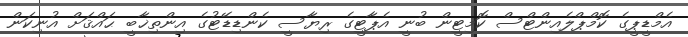
އެމްޑީޕީގެ ކޮމްޕްލެއިންޓްސް ކޮމިޓީން ބުނީ އެޕާޓީގެ ރިޔާސީ ކެންޑިޑޭޓުގެ އިންތިޚާބީ ޙައްޤަށް އުނިކަން